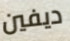
ديفين